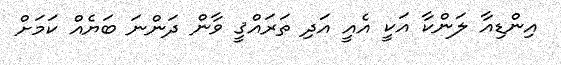
އިންޑިއާ ލަންކާ އަކީ އެއީ އަދި ތަރައްޤީ ވާން ދަންނަ ބަޔެއް ކަމަށް